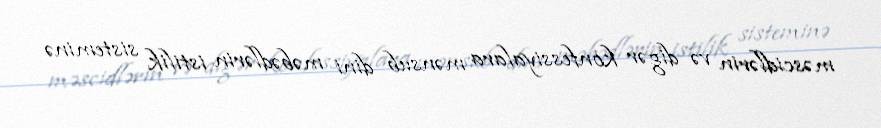
məscidlərin və digər konfessiyalara mənsub dini məbədlərin istilik sisteminə